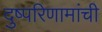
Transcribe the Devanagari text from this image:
दुष्परिणामांची